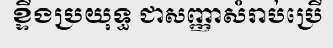
ខ្ទីងប្រយុទ្ធ ជាសញ្ញាសំរាប់ប្រើ